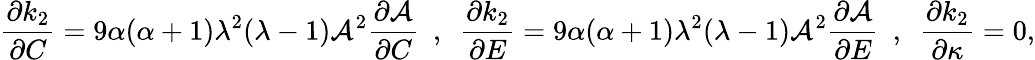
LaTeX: \frac{\partial k_{2}}{\partial C}=9\alpha(\alpha+1)\lambda^{2}(\lambda-1)\mathcal{A}^{2}\frac{\partial\mathcal{A}}{\partial C}~~,~~\frac{\partial k_{2}}{\partial E}=9\alpha(\alpha+1)\lambda^{2}(\lambda-1)\mathcal{A}^{2}\frac{\partial\mathcal{A}}{\partial E}~~,~~\frac{\partial k_{2}}{\partial\kappa}=0,